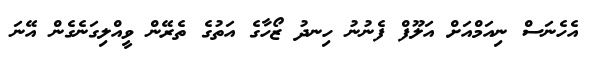
އެހެނަސް ނިއަމްއަށް އަލޫފް ފެނުނު ހިނދު ޒޯހާގެ އަތުގެ ތެރޭން ވީއްލިގަނެގެން އޭނަ